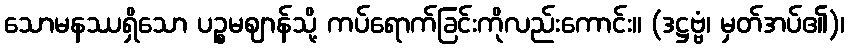
သောမနဿရှိသော ပဉ္စမဈာန်သို့ ကပ်ရောက်ခြင်းကိုလည်းကောင်း။ (ဒဋ္ဌဗ္ဗံ၊ မှတ်အပ်၏)၊